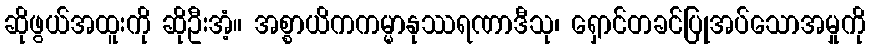
ဆိုဖွယ်အထူးကို ဆိုဦးအံ့။ အစ္စာယိကကမ္မာနုဿရဏာဒီသု၊ ရှောင်တခင်ပြုအပ်သောအမှုကို